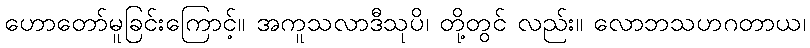
ဟောတော်မူခြင်းကြောင့်။ အကူသလာဒီသုပိ၊ တို့တွင် လည်း။ လောဘသဟဂတာယ၊